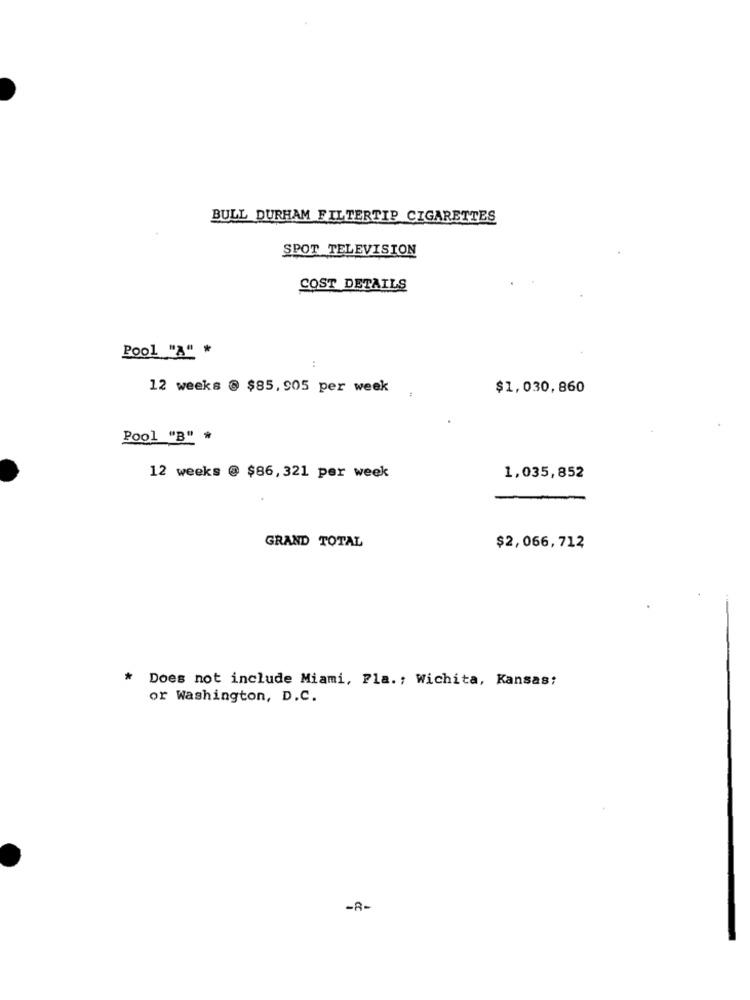
BULL DURHAM FILTERTIP CIGARETTES
SPOT TELEVISION
COST DETAILS
Pool "A" #
..
12 weeks @ $85,905 per week
:
$1,030,860
Pool "B" *
12 weeks @ $86,321 per week
1.035,852
GRAND TOTAL
$2,066,712
Does not include Miami, Fla .; Wichita, Kansas:
or Washington, D.C.
-R-